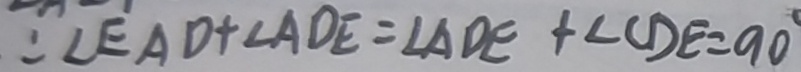
: \angle E A D + \angle A D E = \angle A D E + \angle C D E = 9 0 ^ { \circ }